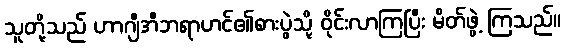
သူတို့သည် ဟာဂျီအီဘရာဟင်၏စားပွဲသို့ ဝိုင်းလာကြပြီး မိတ်ဖွဲ့ ကြသည်။